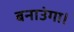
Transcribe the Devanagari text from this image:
बनाउंगा।